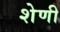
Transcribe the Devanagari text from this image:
शेणी